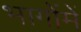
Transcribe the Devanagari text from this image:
भागोंमें